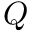
Q